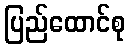
ပြည်ထောင်စု